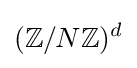
(\mathbb {Z} /N\mathbb {Z} )^{d}